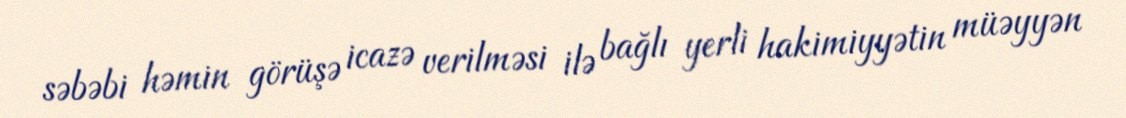
səbəbi həmin görüşə icazə verilməsi ilə bağlı yerli hakimiyyətin müəyyən